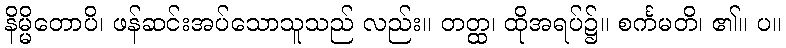
နိမ္မိတောပိ၊ ဖန်ဆင်းအပ်သောသူသည် လည်း။ တတ္ထ၊ ထိုအရပ်၌။ စင်္ကမတိ၊ ၏။ ပ။